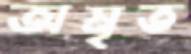
অমৃত